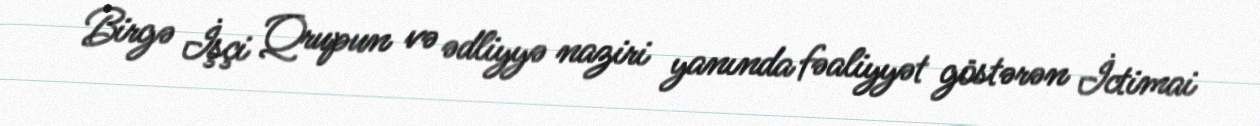
Birgə İşçi Qrupun və ədliyyə naziri yanında fəaliyyət göstərən İctimai